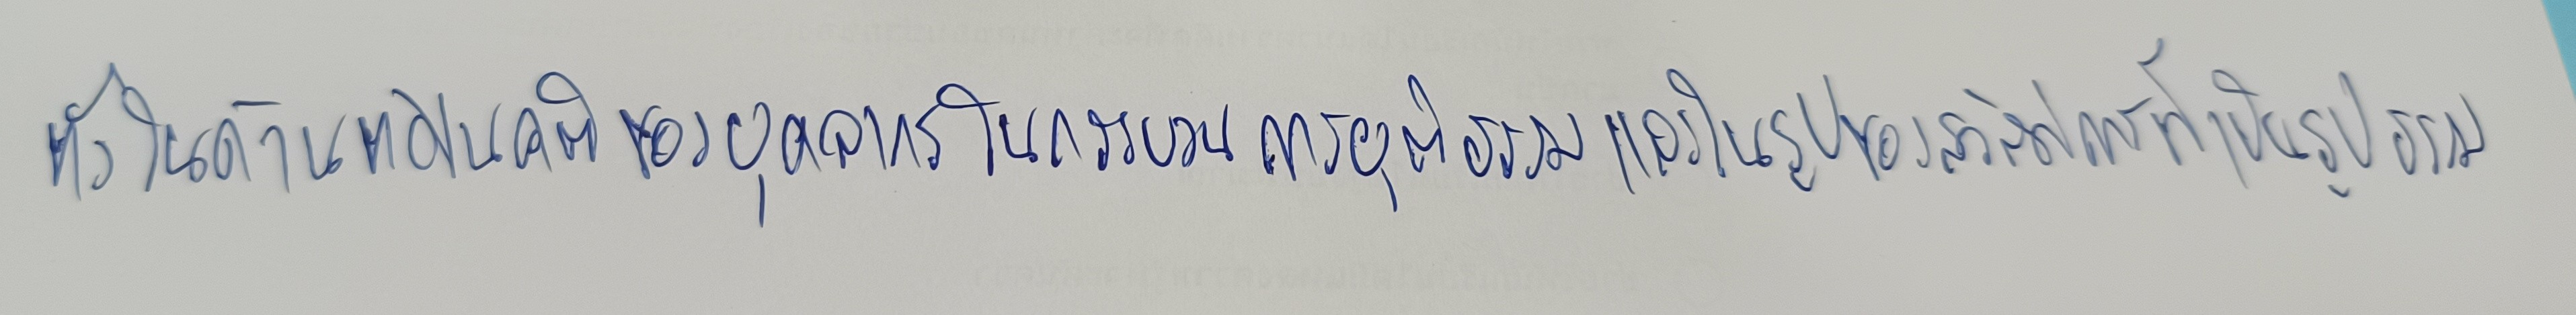
ทั้งในด้านทัศนคติของบุคลากรในกระบวนการยุติธรรมและในรูปของสวัสดิการที่เป็นรูปธรรม